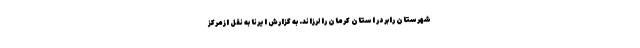
شهرستان رابر در استان کرمان را لرزاند. به گزارش ایرنا به نقل ازمرکز